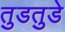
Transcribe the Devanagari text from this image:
तुडतुडे